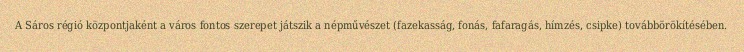
A Sáros régió központjaként a város fontos szerepet játszik a népművészet (fazekasság, fonás, fafaragás, hímzés, csipke) továbbörökítésében.